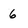
Character: 6